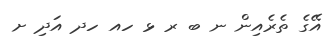
އޭގެ ތެރެއިން ނ ބ ރ ޅ ހއ ހދ އަދި ށ